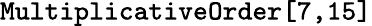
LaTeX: \texttt{MultiplicativeOrder[7,15]}